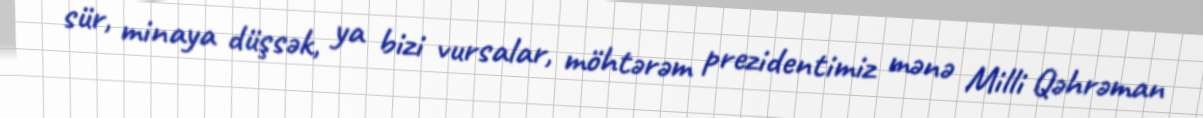
sür, minaya düşsək, ya bizi vursalar, möhtərəm prezidentimiz mənə Milli Qəhrəman